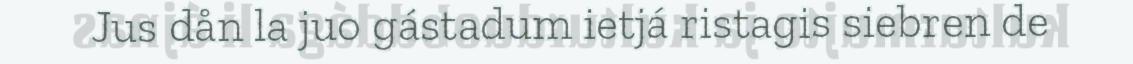
Jus dån la juo gástadum ietjá ristagis siebren de